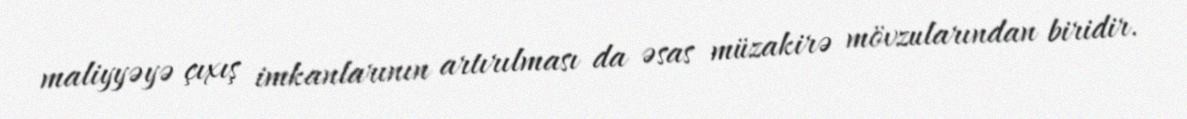
maliyyəyə çıxış imkanlarının artırılması da əsas müzakirə mövzularından biridir.